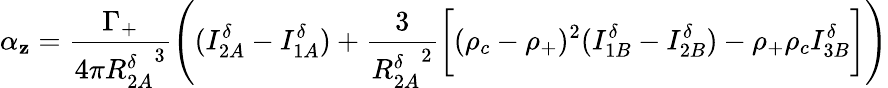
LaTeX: \alpha_{\mathbf{z}}=\frac{{\Gamma_{+}}}{{4\pi{R_{2A}^{\delta}}^{3}}}\Bigg((I_{2A}^{\delta}-I_{1A}^{\delta})+\frac{{3}}{{{R_{2A}^{\delta}}^{2}}}\bigg[(\rho_{c}-\rho_{+})^{2}(I_{1B}^{\delta}-I_{2B}^{\delta})-\rho_{+}\rho_{c}I_{3B}^{\delta}\bigg]\Bigg)